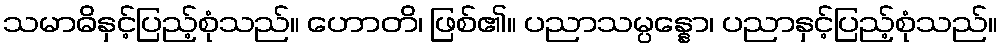
သမာဓိနှင့်ပြည့်စုံသည်။ ဟောတိ၊ ဖြစ်၏။ ပညာသမ္ပန္နော၊ ပညာနှင့်ပြည့်စုံသည်။